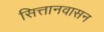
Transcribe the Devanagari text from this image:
सित्तानवासन